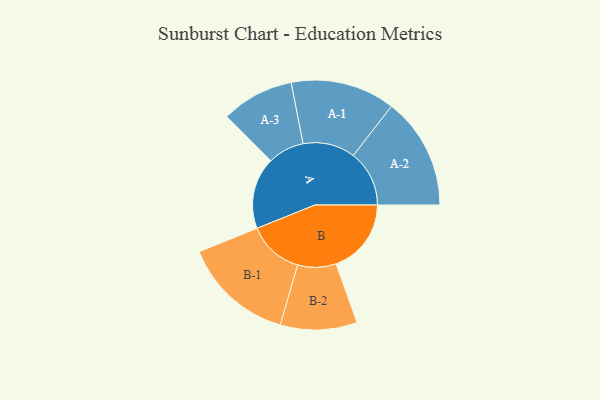
{"axis": {"x": "Segment", "y": "Value"}, "legend": ["", "A", "B"], "data": [{"x": "A", "y": 383, "type": ""}, {"x": "B", "y": 402, "type": ""}, {"x": "A-1", "y": 279, "type": "A"}, {"x": "A-2", "y": 299, "type": "A"}, {"x": "A-3", "y": 194, "type": "A"}, {"x": "B-1", "y": 297, "type": "B"}, {"x": "B-2", "y": 205, "type": "B"}]}